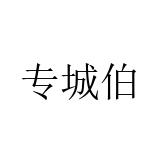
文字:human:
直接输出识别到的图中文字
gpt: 专城伯